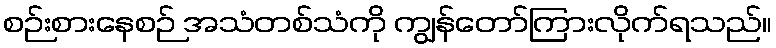
စဉ်းစားနေစဉ် အသံတစ်သံကို ကျွန်တော်ကြားလိုက်ရသည်။